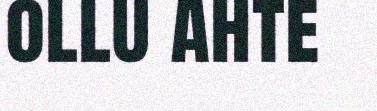
ollu ahte